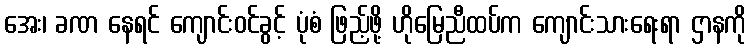
အေး၊ ခဏ နေရင် ကျောင်းဝင်ခွင့် ပုံစံ ဖြည့်ဖို့ ဟိုမြေညီထပ်က ကျောင်းသားရေးရာ ဌာနကို